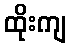
ထိုးကျ